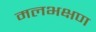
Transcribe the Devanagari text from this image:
मलभक्षण